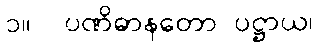
၁။  ပဏိဓာနတော ပဋ္ဌာယ၊